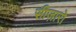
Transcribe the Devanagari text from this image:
सीज़ारो